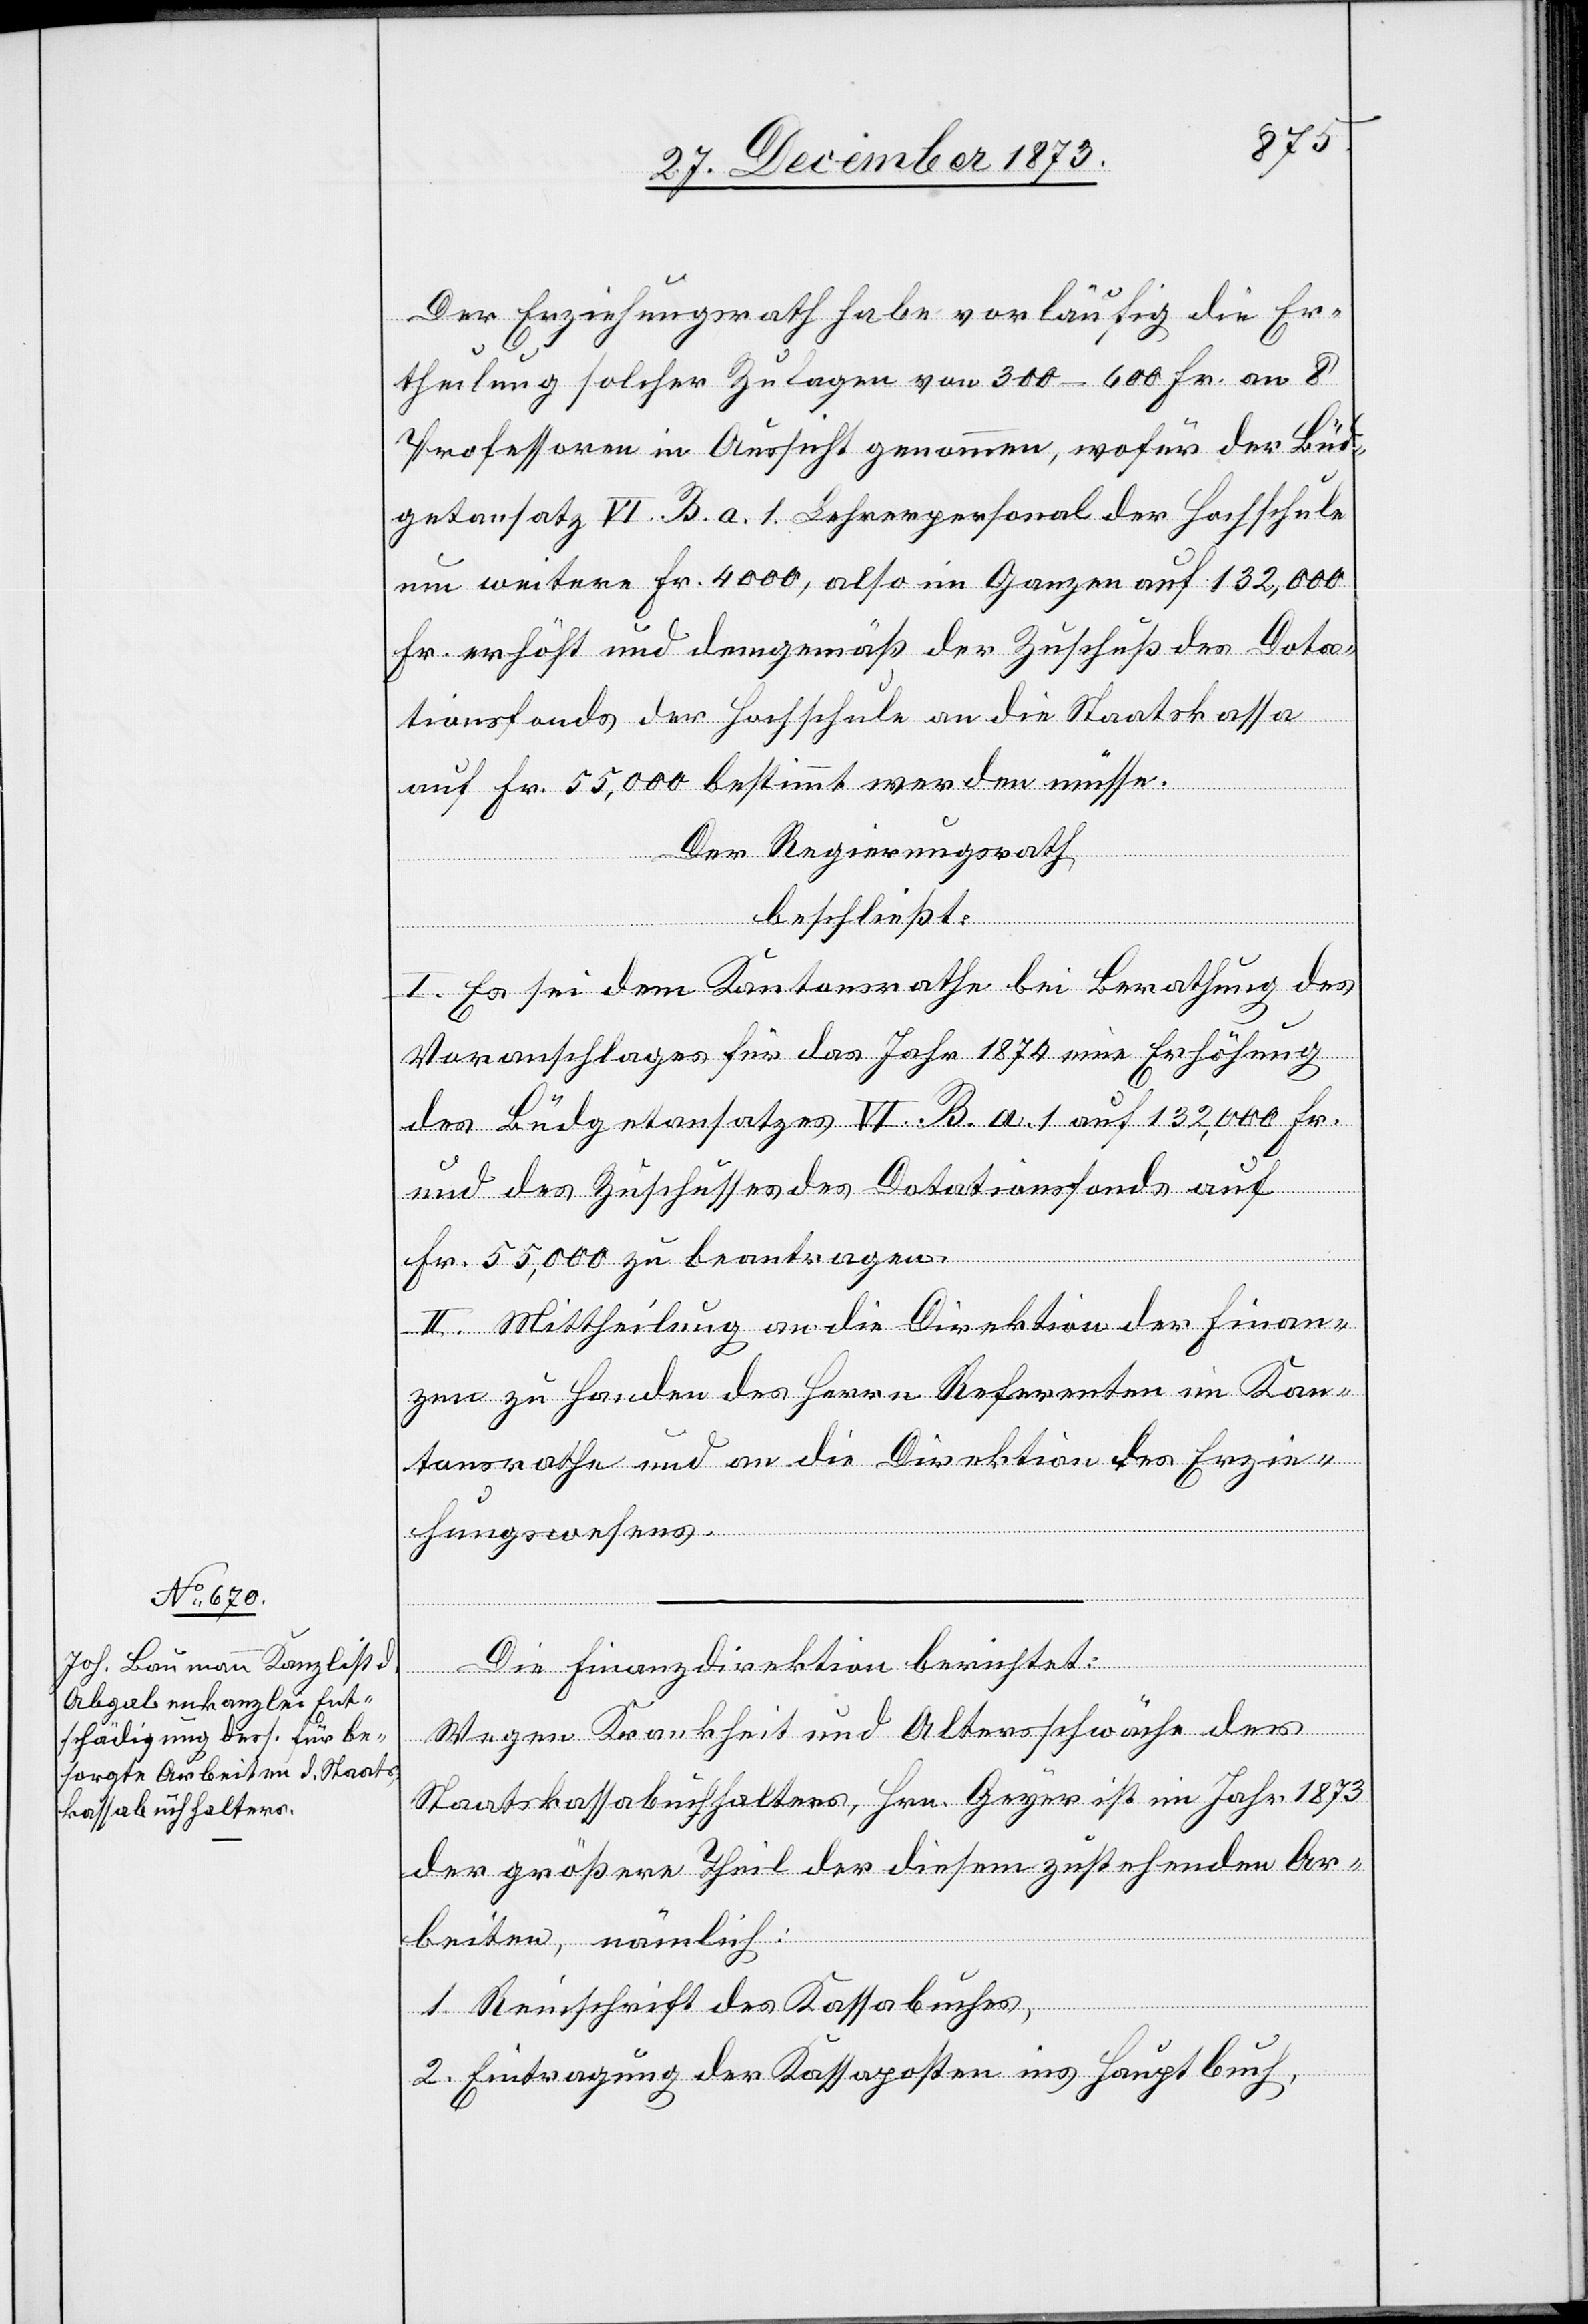
Der Erziehungsrath habe vorläufig die Er¬
theilung solcher Zulagen von 300–600 Fr. an 8
Professoren in Aussicht genommen, wofür der Büd¬
getansatz VI. B. a. 1 Lehrerpersonal der Hochschule
um weitere Fr. 4 000, also im Ganzen auf 132,000
Fr. erhöht und demgemäß der Zuschuß des Dota¬
tionsfonds der Hochschule an die Staatskassa
auf Fr. 55,000 bestimmt werden müsse.
Der Regierungsrath,
beschließt:
I. Es sei dem Kantonsrathe bei Berathung des
Voranschlages für das Jahr 1874 eine Erhöhung
des Büdgetansatzes VI. B. a. 1 auf 132,000 Fr.
und des Zuschusses des Dotationsfonds auf
Fr. 55,000 zu beantragen.
II. Mittheilung an die Direktion der Finan¬
zen zu Handen des Herrn Referenten im Kan¬
tonsrathe und an die Direktion des Erzie¬
hungswesens.
Die Finanzdirektion berichtet:
Wegen Krankheit und Altersschwäche des
Staatskassabuchhalters, Hrn. Geyer ist im Jahr 1873
der größere Theil der diesem zustehenden Ar¬
beiten, nämlich:
1. Reinschrift des Kassabuches,
2. Eintragung der Kassaposten ins Hauptbuch,